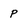
Character: p